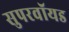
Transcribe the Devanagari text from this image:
सुपरवॉयड